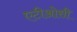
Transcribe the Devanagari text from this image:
एटीओसी